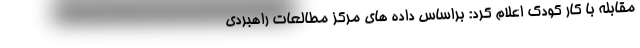
مقابله با کار کودک اعلام کرد: براساس داده های مرکز مطالعات راهبردی